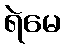
ရဲမေ